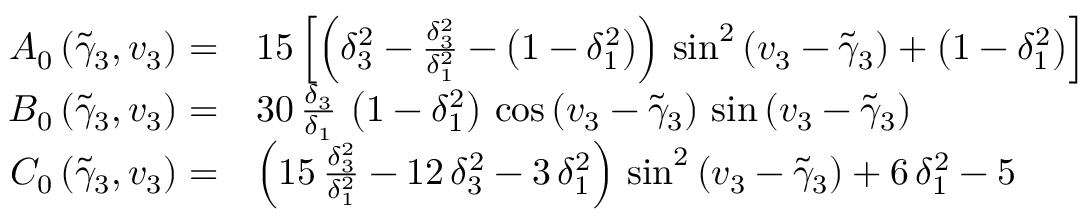
\begin{array} { r l } { A _ { 0 } \left( \tilde { \gamma } _ { 3 } , v _ { 3 } \right) = } & { 1 5 \left[ \left( \delta _ { 3 } ^ { 2 } - { \frac { \delta _ { 3 } ^ { 2 } } { \delta _ { 1 } ^ { 2 } } } - \left( 1 - \delta _ { 1 } ^ { 2 } \right) \right) \, \sin ^ { 2 } \left( v _ { 3 } - \tilde { \gamma } _ { 3 } \right) + \left( 1 - \delta _ { 1 } ^ { 2 } \right) \right] } \\ { B _ { 0 } \left( \tilde { \gamma } _ { 3 } , v _ { 3 } \right) = } & { { 3 0 \, \frac { \delta _ { 3 } } { \delta _ { 1 } } \, \left( 1 - \delta _ { 1 } ^ { 2 } \right) \, \cos \left( v _ { 3 } - \tilde { \gamma } _ { 3 } \right) \, \sin \left( v _ { 3 } - \tilde { \gamma } _ { 3 } \right) } } \\ { C _ { 0 } \left( \tilde { \gamma } _ { 3 } , v _ { 3 } \right) = } & { \left( { 1 5 \, \frac { \delta _ { 3 } ^ { 2 } } { \delta _ { 1 } ^ { 2 } } } - 1 2 \, \delta _ { 3 } ^ { 2 } - 3 \, \delta _ { 1 } ^ { 2 } \right) \, \sin ^ { 2 } \left( v _ { 3 } - \tilde { \gamma } _ { 3 } \right) + 6 \, \delta _ { 1 } ^ { 2 } - 5 } \end{array}